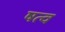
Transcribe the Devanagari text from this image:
षत्व